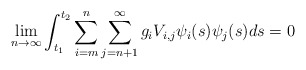
\begin{align*} \lim_{n \to \infty} \int_{t_1}^{t_2} \sum_{i=m}^{n} \sum_{j=n+1}^{\infty} g_iV_{i,j}\psi_i(s)\psi_j(s)ds=0 \end{align*}